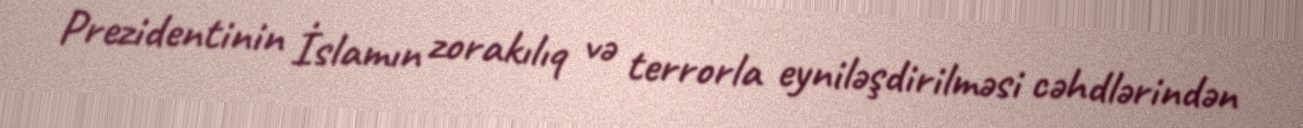
Prezidentinin İslamın zorakılıq və terrorla eyniləşdirilməsi cəhdlərindən